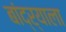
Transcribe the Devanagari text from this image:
बांद्र्याला